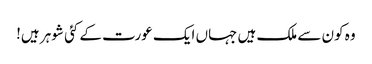
وہ کون سے ملک ہیں جہاں ایک عورت کے کئی شوہر ہیں!